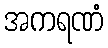
အကရဏံ